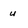
Character: u